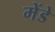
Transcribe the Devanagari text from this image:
मेंडे